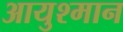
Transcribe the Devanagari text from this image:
आयुश्मान